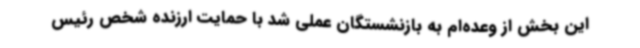
این بخش از وعده‌ام به بازنشستگان عملی شد با حمایت ارزنده شخص رئیس